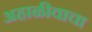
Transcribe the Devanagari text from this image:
अहाळीवाचा